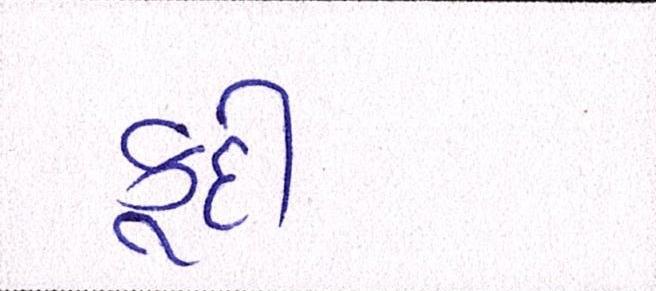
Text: કૂદી